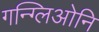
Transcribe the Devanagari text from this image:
गन्ग्लिओनि